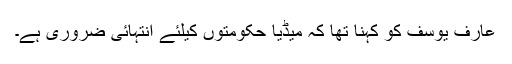
عارف یوسف کو کہنا تھا کہ میڈیا حکومتوں کیلئے انتہائی ضروری ہے۔